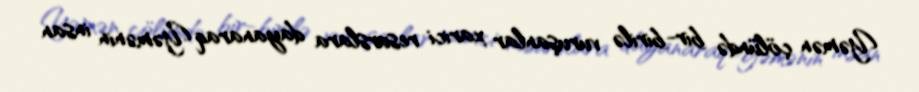
Yəmən çölündə bir-birilə vuruşanlar xarici resurslara dayanaraq Yəmənin insan